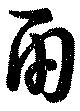
兩